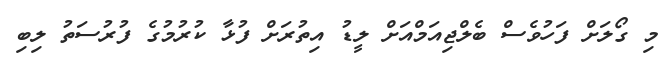
މި ގޯލަށް ފަހުވެސް ބެލްޖިއަމްއަށް ލީޑު އިތުރަށް ފުޅާ ކުރުމުގެ ފުރުސަތު ލިބި